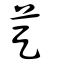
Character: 莡